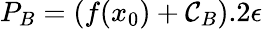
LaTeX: P_{B}=(f(x_{0})+\mathcal{C}_{B}).2\epsilon